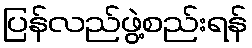
ပြန်လည်ဖွဲ့စည်းရန်